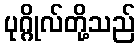
ပုဂ္ဂိုလ်တို့သည်